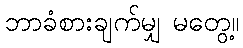
ဘာခံစားချက်မျှ မတွေ့။